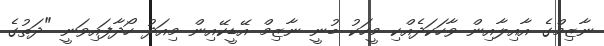
ނާޒިމްގެ އާއިލާއިން ވާހަކަދެއްކި މީހަކު ބުނީ ނާޒިމް އޭޑީކޭއިން މިއަދު ހޯދާފައިވަނީ "ދަތުގެ